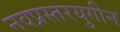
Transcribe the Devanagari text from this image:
नवप्रस्तरयुगीन